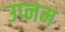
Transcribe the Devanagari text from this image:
उप्नम